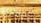
إستعادتها